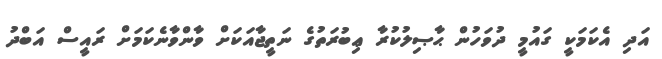
އަދި އެކަމަކީ ގައުމީ ދުވަހުން ޙާޞިލުކުރާ ޢިބުރަތުގެ ނަތީޖާއަކަށް ވާންވާނެކަމަށް ރައީސް އަބްދު